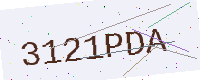
Text: 3121PDA